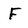
Character: f